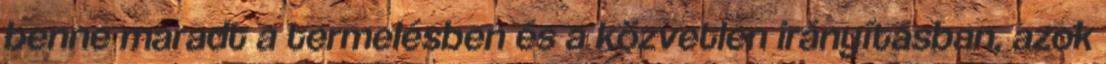
benne maradt a termelésben és a közvetlen irányításban, azok